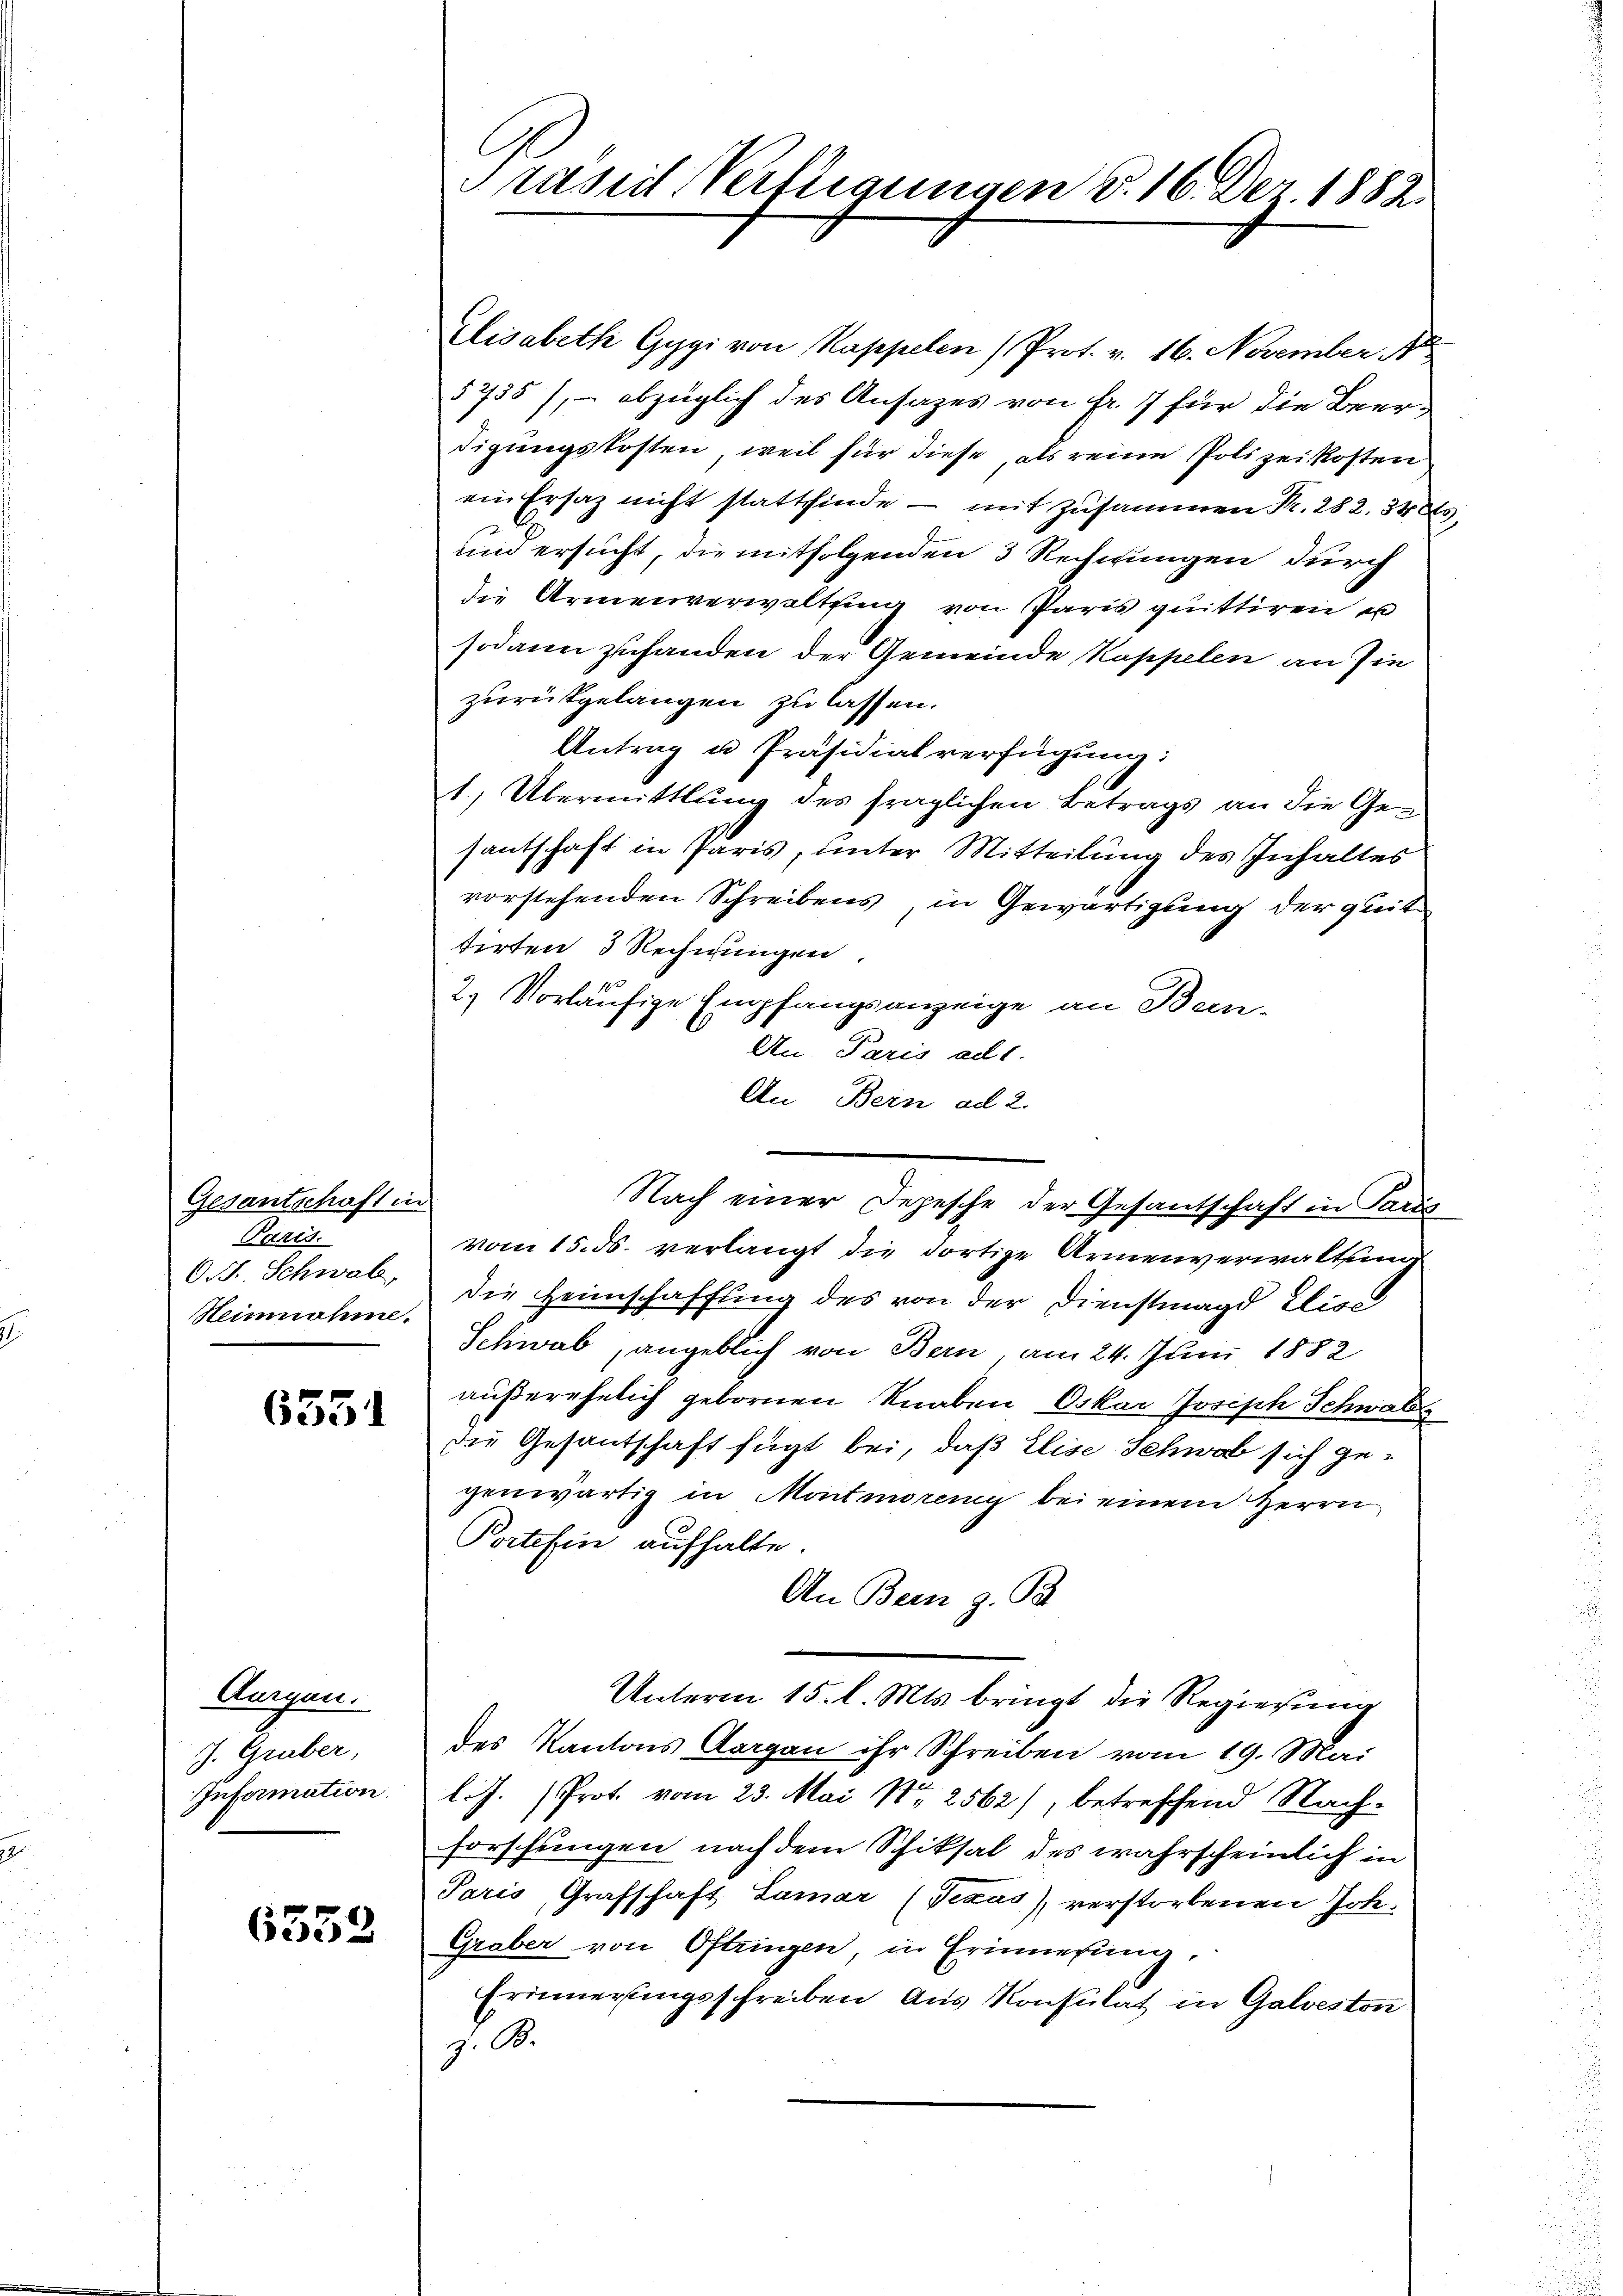
Gesantschaft in
Paris.
OF. Schwab,
Heinnahme.

6351

Augen.
J. Graber,
Information.

6358

rasirt Verfligungen d. 16. Dez. 1882.

Elisabeth Gygi von Kappelen (Prot. v. 16. November
5735), – abzüglich des Ansatzes von Fr. 7 für die Beerdigungskosten, weil für diese, als reine Polizeikosten
ein Ersatz nicht stattfinde - mit Zusammen Nr. 282. 340
und ersucht, die mitfolgenden 3 Rechnungen durch
die Armenverwaltung von Paris quittiren u
sodann zufanden der Gemeinde Kappelen an sie
zurükgelangen zu lassen.
Antrag u. Präsidialverfügung:
1) Übermittlung des fraglichen Betrags an die Gesantschaft in Paris, unter Mitteilung des Inhaltes
vorstehenden Schreibens, in Gewärtigung der gleit
tirten 3 Rechnungen.
1
2.) Vorläufige Empfangsanzeige an Been-
An. Paris ad1.
An Bern ad 2.
vom 15. ds. verlangt die dortige Armenverwaltung
die Heimschaffung des von der Dienstmagd Elise
Schwab, angeblich von Bern, am 24. Juni 1882
außerehelich gebornen Knaben Oskar Joseph Schwabe
die Gesantschaft fügt bei, daß Elise Schwab sich gegenwärtig in Montmoreng bei einem Herrn
Portefen aufhalte.
An Bern z. B.
Unterm 15. l. Mts. bringt die Regierung
des Kantons Aargau ihr Schreiben vom 19. Mai
l.J. Prot. vom 23. Mai 182562), betreffend Nachforschungen nach dem Schiksal des wahrscheinlich in
Paris, Grafschaft Lamar (Texas), verstorbenen Joh.
Graber von Oftringen in Erinnerung,
Erinnerungsschreiben aus Konsulat in Galveston
J. B.

Nach einer Depesche der Gesandschaft in Paris